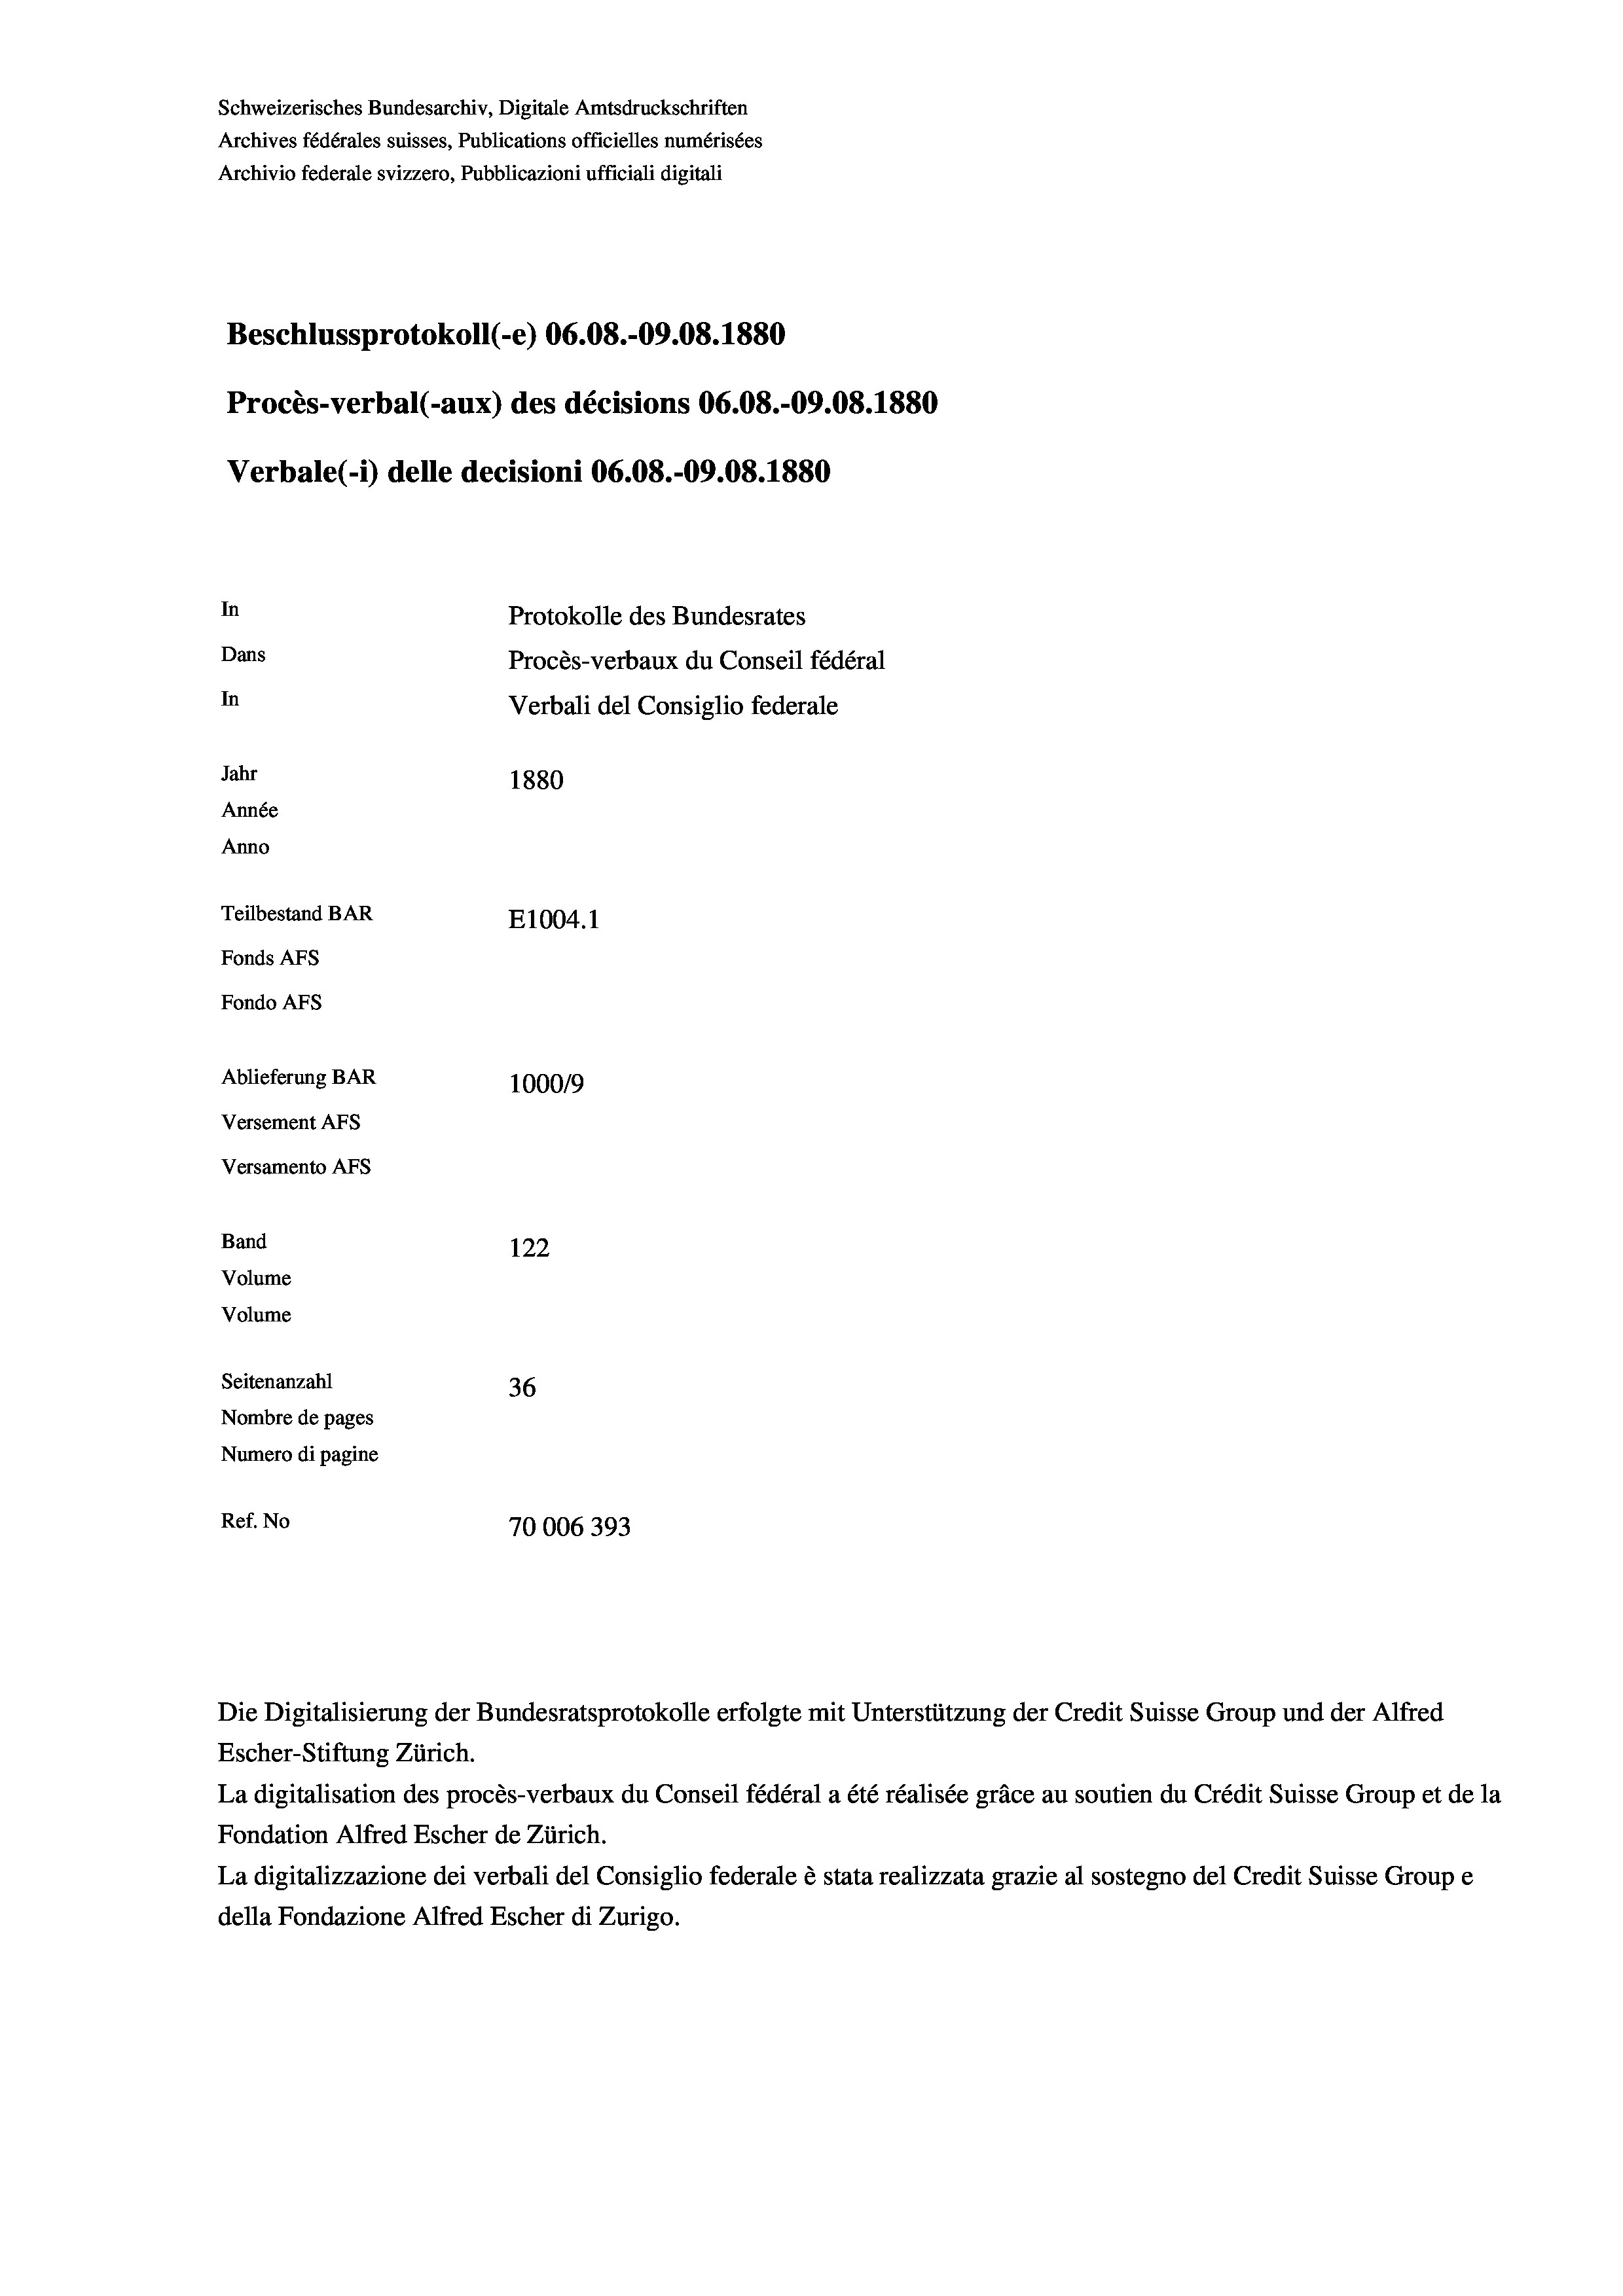
Schweizerisches Bundesarchiv, Digitale Amtsdruckschriften
Archives fédérales suisses, Publications officielles numérisées
Beschlussprotokoll (-e) 06.08.-09.08. 1880
Procès-verbal (-aux) des décisions 06.08.-09.08. 1880
In
Protokolle des Bundesrates
Dans
Procès-verbaux du Conseil fédéral
In
Verbali del Consiglio federale
Jahr
1880
Année
Anno
Teilbestand BAR
E1004. 1
Fonds AFs
Fondo AFS

Ablieferung BAR
Versement AFs
Versamento Afs
Band
Volume
Volume
Seitenanzahl

Archivio federale svizzero, Pubblicazioni ufficiali digitali

Verbale (i) delle decisioni 06.08.-09.08. 1880

100019
122
36
Nombre de pages
Numero di pagine
Ref. No
70006393

Escher-Stiftung Zürich.
La digitalisation des procès-verbaux du Conseil fédéral a été réalisée gräce au soutien du Crédit Suisse Group et de la
Fondation Alfred Escher de Zürich.
La digitalizzazione dei verbali del Consiglio federale è stata realizzata grazie al sostegno del Credit Suisse Groupe
della Fondazione Alfred Escher di Zurigo.

Die Digitalisierung der Bundesratsprotokolle erfolgte mit Unterstützung der Credit Suisse Group und der Alfred